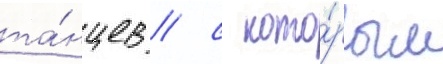
та́нцев / с кото́рым